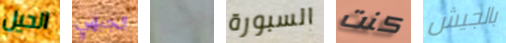
الحيل الجبهي حسنا السبورة كنت بالجيش